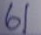
61